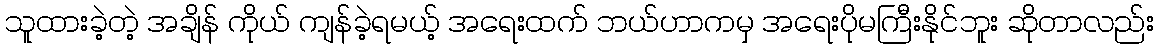
သူထားခဲ့တဲ့ အချိန် ကိုယ် ကျန်ခဲ့ရမယ့် အရေးထက် ဘယ်ဟာကမှ အရေးပိုမကြီးနိုင်ဘူး ဆိုတာလည်း